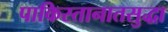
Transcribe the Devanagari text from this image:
पाकिस्तानातसुद्धा